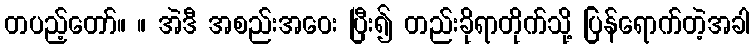
တပည့်တော်။ ။ အဲဒီ အစည်းအဝေး ပြီး၍ တည်းခိုရာတိုက်သို့ ပြန်ရောက်တဲ့အခါ